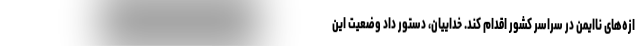
ازه‌های ناایمن در سراسر کشور اقدام کند. خداییان، دستور داد وضعیت این